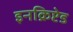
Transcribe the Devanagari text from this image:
इनक्रिप्टेड